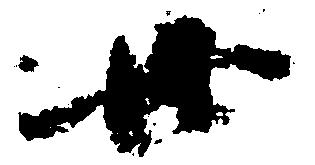
廿